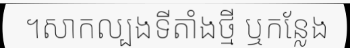
។សាកល្បងទីតាំងថ្មី ឬកន្លែង